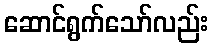
ဆောင်ရွက်သော်လည်း